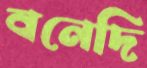
বনেদি